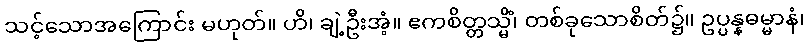
သင့်သောအကြောင်း မဟုတ်။ ဟိ၊ ချဲ့ဦးအံ့။ ဧကစိတ္တသ္မိံ၊ တစ်ခုသောစိတ်၌။ ဥပ္ပန္နဓမ္မာနံ၊